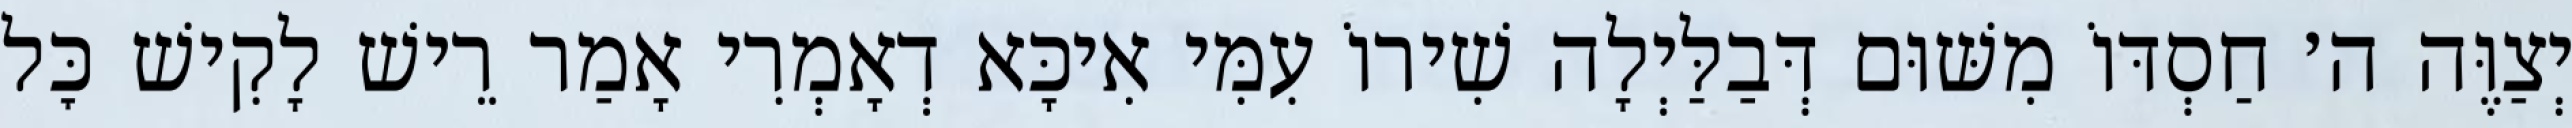
יְצַוֶּה ה׳ חַסְדּוֹ מִשּׁוּם דְּבַלַּיְלָה שִׁירוֹ עִמִּי אִיכָּא דְאָמְרִי אָמַר רֵישׁ לָקִישׁ כׇּל